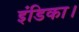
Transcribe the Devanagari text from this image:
इंडिका।